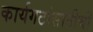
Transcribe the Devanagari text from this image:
कार्यगटांसाठीची